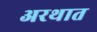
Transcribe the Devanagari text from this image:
अरथात